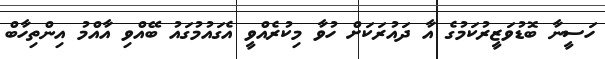
ހަސީނާ ބޮޑުވަޒީރުކަމުގެ އާ ދައުރަކަށް ހުވާ މިކުރެއްވީ އެގައުމުގައު ބޭއްވި އާއްމު އިންތިހާބް